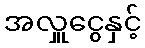
အလှူငွေနှင့်